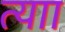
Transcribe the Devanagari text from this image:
त्याा